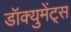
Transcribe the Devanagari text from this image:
डॉक्युमेंट्‌स